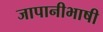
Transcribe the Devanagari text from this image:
जापानीभाषी